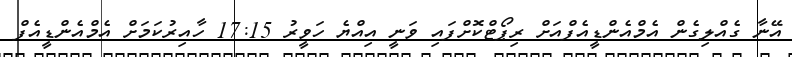
އޭނާ ގެއްލިގެން އެމްއެންޑީއެފްއަށް ރިޕޯޓްކޮށްފައި ވަނީ އިއްޔެ ހަވީރު 17:15 ހާއިރުކަމަށް އެމްއެންޑީއެފް